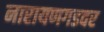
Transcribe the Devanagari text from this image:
नारायणगडवर